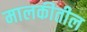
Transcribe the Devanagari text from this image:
मालकीतील